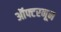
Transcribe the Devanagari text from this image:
ऑफ्टरनून